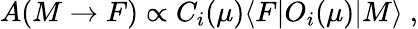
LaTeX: A(M\rightarrow F)\propto C_{i}(\mu)\langle F|O_{i}(\mu)|M\rangle\ ,